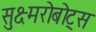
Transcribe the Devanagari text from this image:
सुक्ष्मरोबोट्स